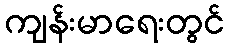
ကျန်းမာရေးတွင်